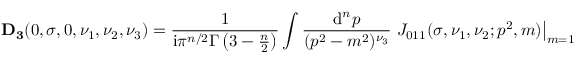
{ \bf D _ { 3 } } ( 0 , \sigma , 0 , \nu _ { 1 } , \nu _ { 2 } , \nu _ { 3 } ) = \frac { 1 } { \mathrm { i } \pi ^ { n / 2 } \Gamma \left( 3 - \frac { n } { 2 } \right) } \int \frac { \mathrm { d } ^ { n } p } { ( p ^ { 2 } - m ^ { 2 } ) ^ { \nu _ { 3 } } } \left. J _ { 0 1 1 } ( \sigma , \nu _ { 1 } , \nu _ { 2 } ; p ^ { 2 } , m ) \right| _ { m = 1 } \; .